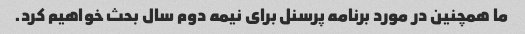
ما همچنین در مورد برنامه پرسنل برای نیمه دوم سال بحث خواهیم کرد.